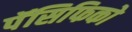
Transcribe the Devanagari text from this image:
पॅसिफिको